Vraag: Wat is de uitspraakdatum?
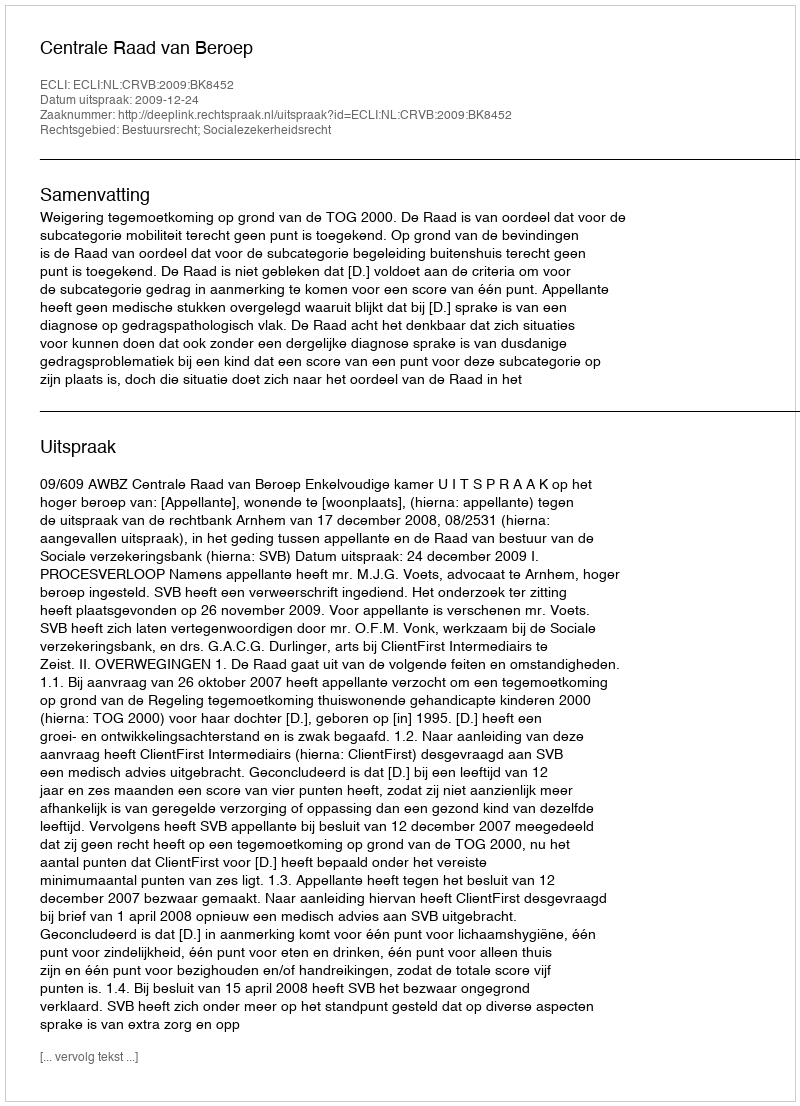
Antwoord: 2009-12-24